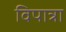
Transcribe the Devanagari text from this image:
विपात्रा